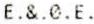
E.&.0.E.